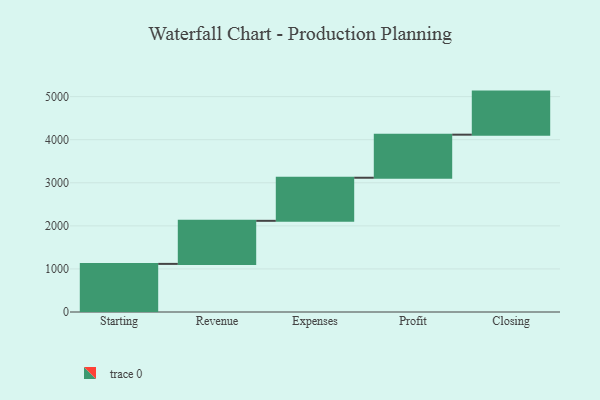
{"axis": {"x": "Step", "y": "Value"}, "legend": [""], "data": [{"x": "Starting", "y": 1117.0, "type": ""}, {"x": "Revenue", "y": 1000, "type": ""}, {"x": "Expenses", "y": 1000, "type": ""}, {"x": "Profit", "y": 1000, "type": ""}, {"x": "Closing", "y": 1000, "type": ""}]}